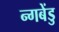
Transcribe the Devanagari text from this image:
न्गबेंडु